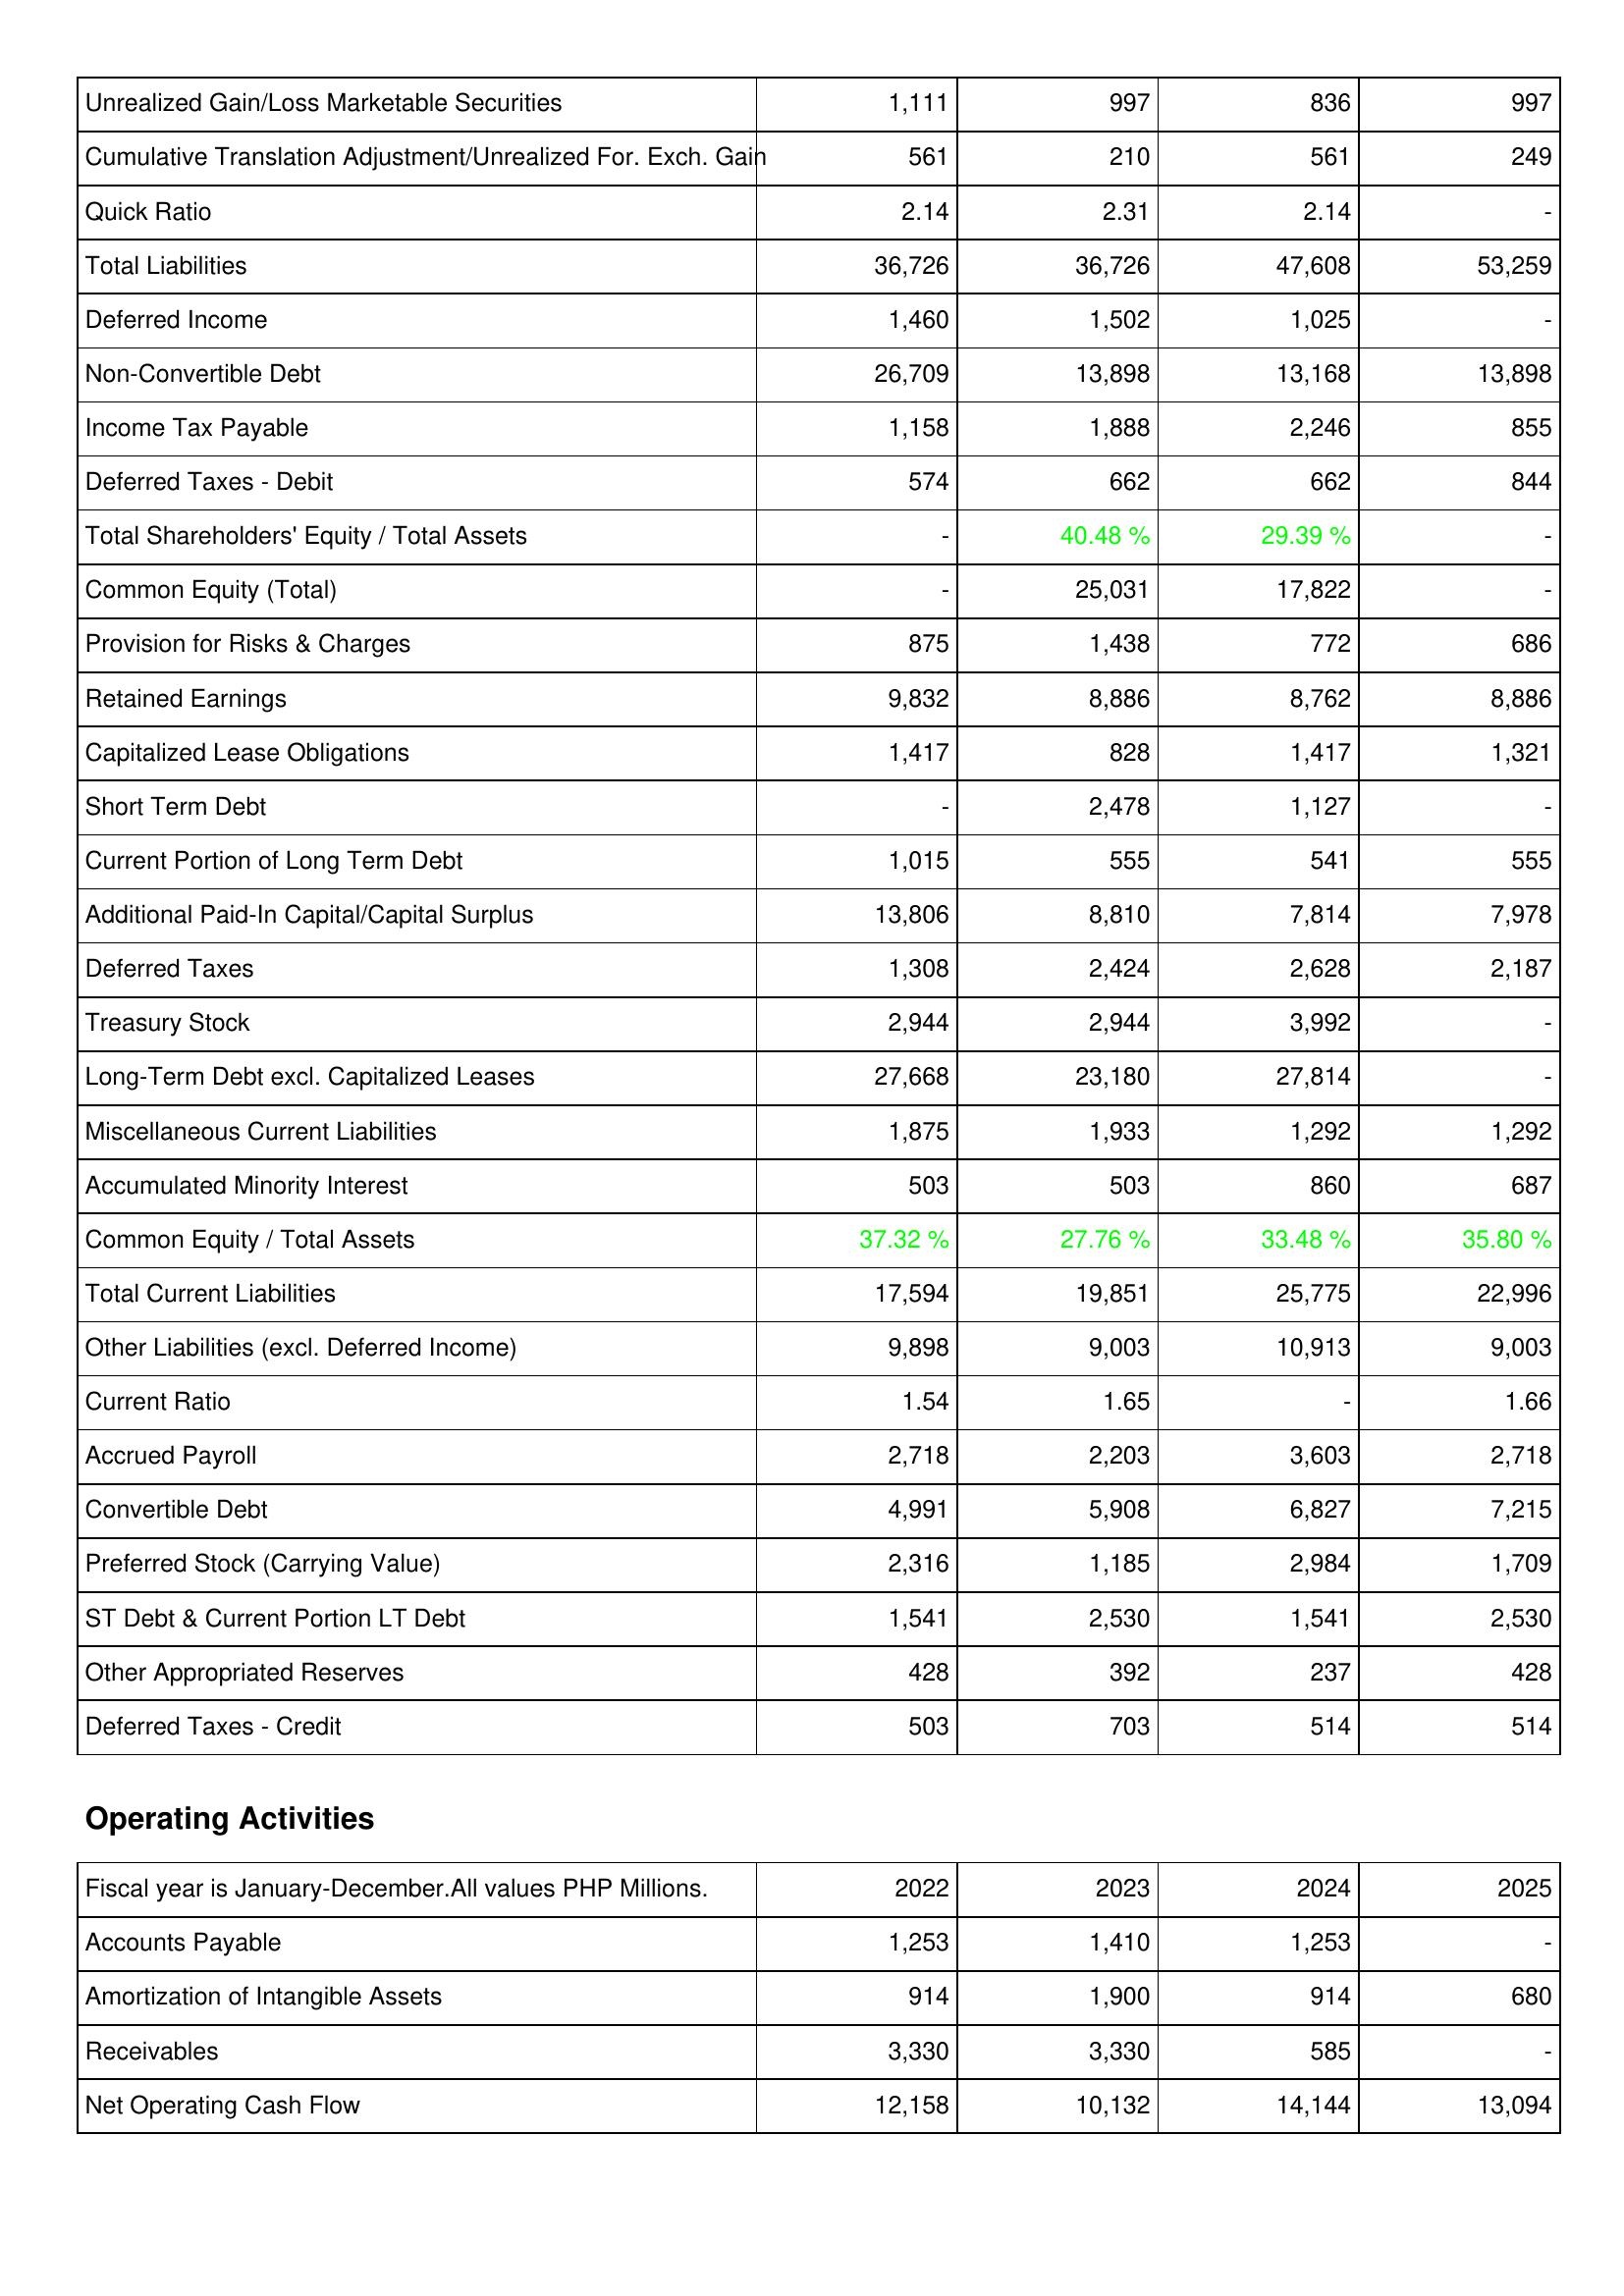
2022: Liabilities & Shareholders' Equity: Unrealized Gain/Loss Marketable Securities: 1,111
Cumulative Translation Adjustment/Unrealized For. Exch. Gain: 561
Quick Ratio: 2.14
Total Liabilities: 36,726
Deferred Income: 1,460
Non-Convertible Debt: 26,709
Income Tax Payable: 1,158
Deferred Taxes - Debit: 574
Total Shareholders' Equity / Total Assets: -
Common Equity (Total): -
Provision for Risks & Charges: 875
Retained Earnings: 9,832
Capitalized Lease Obligations: 1,417
Short Term Debt: -
Current Portion of Long Term Debt: 1,015
Additional Paid-In Capital/Capital Surplus: 13,806
Deferred Taxes: 1,308
Treasury Stock: 2,944
Long-Term Debt excl. Capitalized Leases: 27,668
Miscellaneous Current Liabilities: 1,875
Accumulated Minority Interest: 503
Common Equity / Total Assets: 37.32 %
Total Current Liabilities: 17,594
Other Liabilities (excl. Deferred Income): 9,898
Current Ratio: 1.54
Accrued Payroll: 2,718
Convertible Debt: 4,991
Preferred Stock (Carrying Value): 2,316
ST Debt & Current Portion LT Debt: 1,541
Other Appropriated Reserves: 428
Deferred Taxes - Credit: 503
Operating Activities: Accounts Payable: 1,253
Amortization of Intangible Assets: 914
Receivables: 3,330
Net Operating Cash Flow: 12,158
2023: Liabilities & Shareholders' Equity: Unrealized Gain/Loss Marketable Securities: 997
Cumulative Translation Adjustment/Unrealized For. Exch. Gain: 210
Quick Ratio: 2.31
Total Liabilities: 36,726
Deferred Income: 1,502
Non-Convertible Debt: 13,898
Income Tax Payable: 1,888
Deferred Taxes - Debit: 662
Total Shareholders' Equity / Total Assets: 40.48 %
Common Equity (Total): 25,031
Provision for Risks & Charges: 1,438
Retained Earnings: 8,886
Capitalized Lease Obligations: 828
Short Term Debt: 2,478
Current Portion of Long Term Debt: 555
Additional Paid-In Capital/Capital Surplus: 8,810
Deferred Taxes: 2,424
Treasury Stock: 2,944
Long-Term Debt excl. Capitalized Leases: 23,180
Miscellaneous Current Liabilities: 1,933
Accumulated Minority Interest: 503
Common Equity / Total Assets: 27.76 %
Total Current Liabilities: 19,851
Other Liabilities (excl. Deferred Income): 9,003
Current Ratio: 1.65
Accrued Payroll: 2,203
Convertible Debt: 5,908
Preferred Stock (Carrying Value): 1,185
ST Debt & Current Portion LT Debt: 2,530
Other Appropriated Reserves: 392
Deferred Taxes - Credit: 703
Operating Activities: Accounts Payable: 1,410
Amortization of Intangible Assets: 1,900
Receivables: 3,330
Net Operating Cash Flow: 10,132
2024: Liabilities & Shareholders' Equity: Unrealized Gain/Loss Marketable Securities: 836
Cumulative Translation Adjustment/Unrealized For. Exch. Gain: 561
Quick Ratio: 2.14
Total Liabilities: 47,608
Deferred Income: 1,025
Non-Convertible Debt: 13,168
Income Tax Payable: 2,246
Deferred Taxes - Debit: 662
Total Shareholders' Equity / Total Assets: 29.39 %
Common Equity (Total): 17,822
Provision for Risks & Charges: 772
Retained Earnings: 8,762
Capitalized Lease Obligations: 1,417
Short Term Debt: 1,127
Current Portion of Long Term Debt: 541
Additional Paid-In Capital/Capital Surplus: 7,814
Deferred Taxes: 2,628
Treasury Stock: 3,992
Long-Term Debt excl. Capitalized Leases: 27,814
Miscellaneous Current Liabilities: 1,292
Accumulated Minority Interest: 860
Common Equity / Total Assets: 33.48 %
Total Current Liabilities: 25,775
Other Liabilities (excl. Deferred Income): 10,913
Current Ratio: -
Accrued Payroll: 3,603
Convertible Debt: 6,827
Preferred Stock (Carrying Value): 2,984
ST Debt & Current Portion LT Debt: 1,541
Other Appropriated Reserves: 237
Deferred Taxes - Credit: 514
Operating Activities: Accounts Payable: 1,253
Amortization of Intangible Assets: 914
Receivables: 585
Net Operating Cash Flow: 14,144
2025: Liabilities & Shareholders' Equity: Unrealized Gain/Loss Marketable Securities: 997
Cumulative Translation Adjustment/Unrealized For. Exch. Gain: 249
Quick Ratio: -
Total Liabilities: 53,259
Deferred Income: -
Non-Convertible Debt: 13,898
Income Tax Payable: 855
Deferred Taxes - Debit: 844
Total Shareholders' Equity / Total Assets: -
Common Equity (Total): -
Provision for Risks & Charges: 686
Retained Earnings: 8,886
Capitalized Lease Obligations: 1,321
Short Term Debt: -
Current Portion of Long Term Debt: 555
Additional Paid-In Capital/Capital Surplus: 7,978
Deferred Taxes: 2,187
Treasury Stock: -
Long-Term Debt excl. Capitalized Leases: -
Miscellaneous Current Liabilities: 1,292
Accumulated Minority Interest: 687
Common Equity / Total Assets: 35.80 %
Total Current Liabilities: 22,996
Other Liabilities (excl. Deferred Income): 9,003
Current Ratio: 1.66
Accrued Payroll: 2,718
Convertible Debt: 7,215
Preferred Stock (Carrying Value): 1,709
ST Debt & Current Portion LT Debt: 2,530
Other Appropriated Reserves: 428
Deferred Taxes - Credit: 514
Operating Activities: Accounts Payable: -
Amortization of Intangible Assets: 680
Receivables: -
Net Operating Cash Flow: 13,094